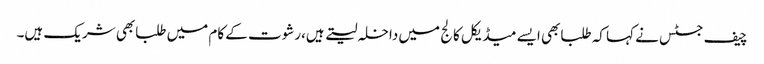
چیف جسٹس نے کہا کہ طلبابھی ایسے میڈیکل کالج میں داخلہ لیتے ہیں،رشوت کے کام میں طلبابھی شریک ہیں۔